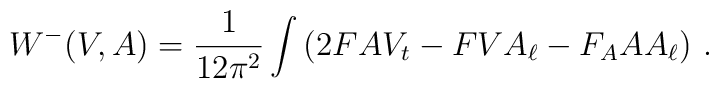
W^-(V,A)=\frac{1}{12\pi^2}\int \left( 2FAV_t-FVA_\ell-F_AAA_\ell \right) \,.